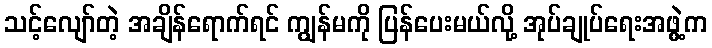
သင့်လျော်တဲ့ အချိန်ရောက်ရင် ကျွန်မကို ပြန်ပေးမယ်လို့ အုပ်ချုပ်ရေးအဖွဲ့က